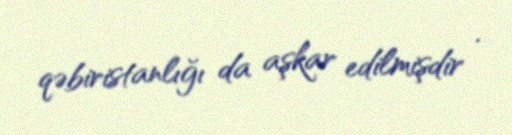
qəbiristanlığı da aşkar edilmişdir .